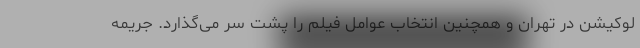
لوکیشن در تهران و همچنین انتخاب عوامل فیلم را پشت سر می‌گذارد. جریمه